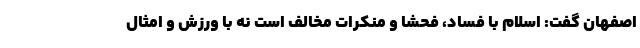
اصفهان گفت: اسلام با فساد، فحشا و منکرات مخالف است نه با ورزش و امثال